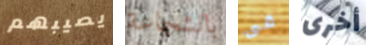
يصيبهم بالشجاعة فى أخرى